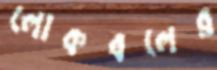
লোকবলের